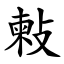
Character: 㪝